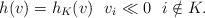
\begin{align*}h(v)=h_{K}(v)\ \ v_i\ll 0\ \ i\notin K.\end{align*}